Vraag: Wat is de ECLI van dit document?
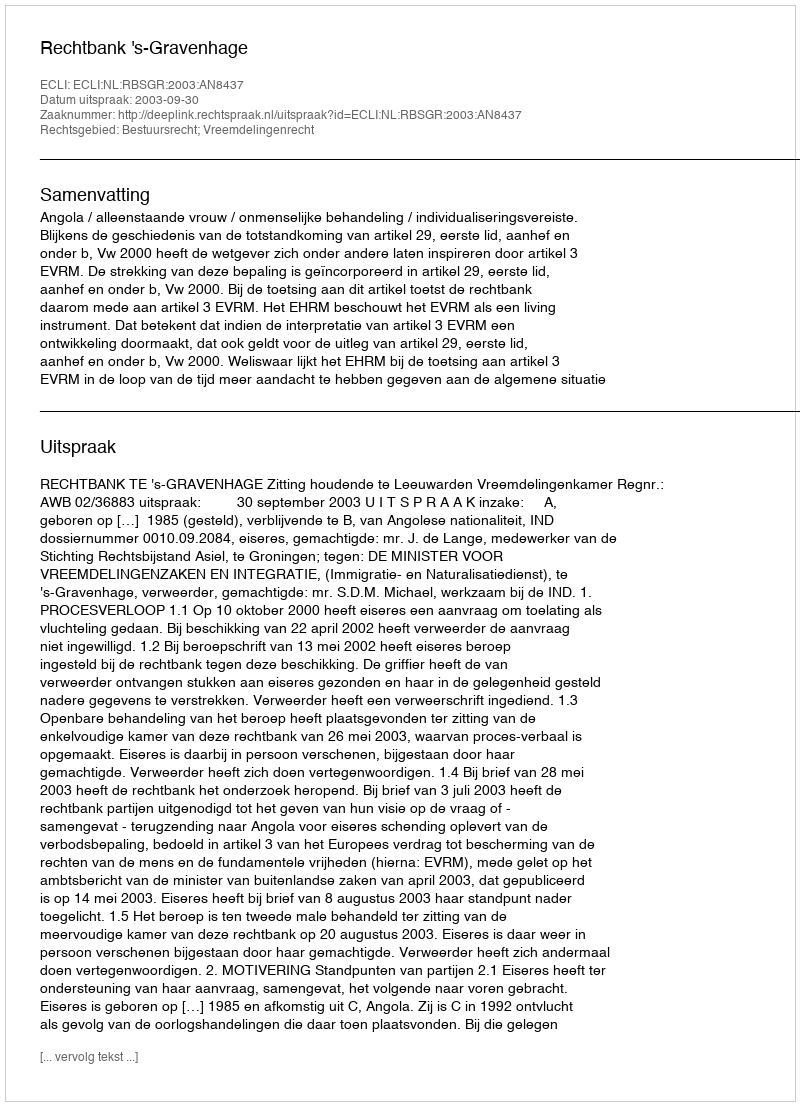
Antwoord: ECLI:NL:RBSGR:2003:AN8437